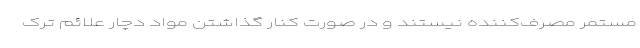
مستمر مصرف‌کننده نیستند و در صورت کنار گذاشتن مواد دچار علائم ترک